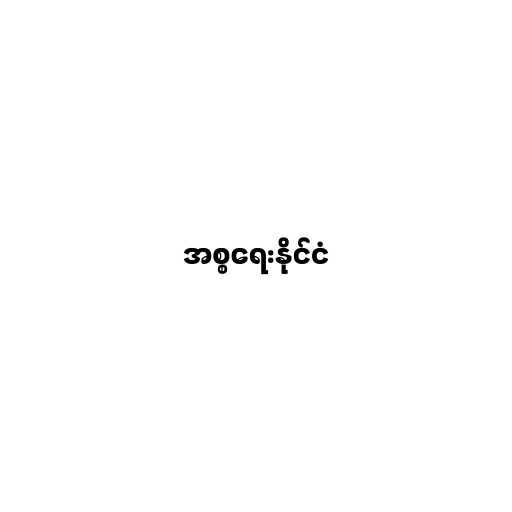
အစ္စရေးနိုင်ငံ